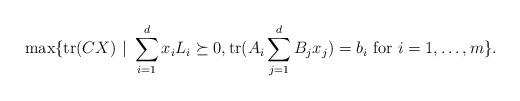
LaTeX: \begin{align*}\max \{\mathrm{tr}(CX) ~ | ~ \sum_{i=1}^d x_iL_i \succeq 0, \mathrm{tr}(A_i \sum_{j=1}^d B_jx_j)=b_i \textrm{ for } i = 1, \dots, m\}.\end{align*}